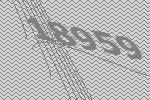
18959